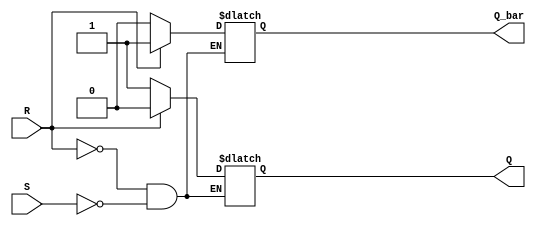
module sr_ff (
    input S,        // Set input
    input R,        // Reset input
    output reg Q,   // Q output
    output reg Q_bar // Q_bar output
);

// Sequential logic for SR flip-flop
always @ (S, R)
begin
    if (R)
    begin
        Q <= 0;
        Q_bar <= 1;
    end
    else if (S)
    begin
        Q <= 1;
        Q_bar <= 0;
    end
end

endmodule